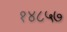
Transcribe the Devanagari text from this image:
१४८५७